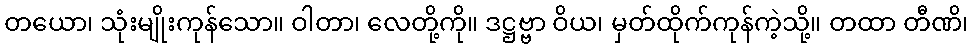
တယော၊ သုံးမျိုးကုန်သော။ ဝါတာ၊ လေတို့ကို။ ဒဋ္ဌဗ္ဗာ ဝိယ၊ မှတ်ထိုက်ကုန်ကဲ့သို့။ တထာ တီဏိ၊